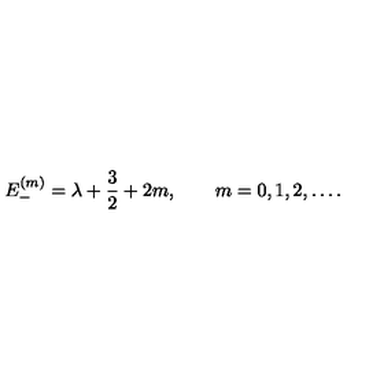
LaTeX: E _ { - } ^ { ( m ) } = \lambda + { \frac { 3 } { 2 } } + 2 m , \qquad m = 0 , 1 , 2 , \ldots .